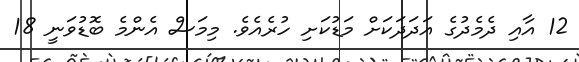
12 އާއި ދެމެދުގެ އަދަދަކަށް މަޑުކަށި ހުރެއެވެ. މިމަސް އެންމެ ބޮޑުވަނީ 18